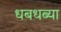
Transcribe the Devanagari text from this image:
धबधब्या